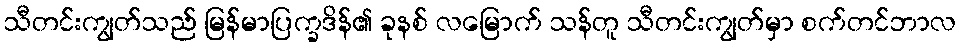
သီတင်းကျွတ်သည် မြန်မာပြက္ခဒိန်၏ ခုနစ် လမြောက် သန်တူ သီတင်းကျွတ်မှာ စက်တင်ဘာလ